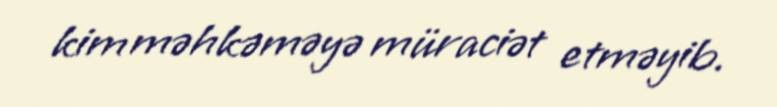
kim məhkəməyə müraciət etməyib.